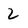
Character: 2